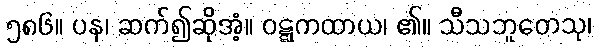
၅၈၆။ ပန၊ ဆက်၍ဆိုအံ့။ ဝဋ္ဋကထာယ၊ ၏။ သီသဘူတေသု၊